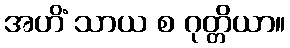
အဟိံ သာယ စ ဂုတ္တိယာ။